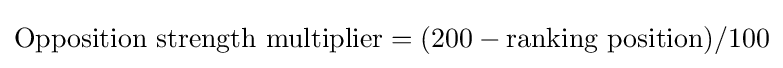
{\text{Opposition strength multiplier}}=({200-{\text{ranking position}})/100}